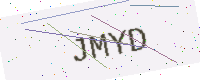
Text: JMYD